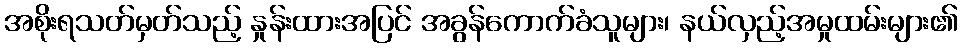
အစိုးရသတ်မှတ်သည့် နှုန်းထားအပြင် အခွန်ကောက်ခံသူများ၊ နယ်လှည့်အမှုထမ်းများ၏